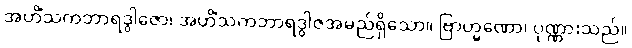
အဟိံသကဘာရဒွါဇော၊ အဟိံသကဘာရဒွါဇအမည်ရှိသော။ ဗြာဟ္မဏော၊ ပုဏ္ဏားသည်။